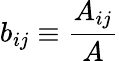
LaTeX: b_{ij}\equiv\frac{A_{ij}}{A}